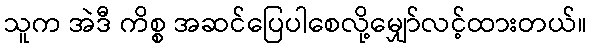
သူက အဲဒီ ကိစ္စ အဆင်ပြေပါစေလို့မျှော်လင့်ထားတယ်။